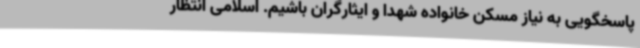
پاسخگویی به نیاز مسکن خانواده شهدا و ایثارگران باشیم. اسلامی انتظار